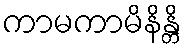
ကာမကာမိနိန္တိ